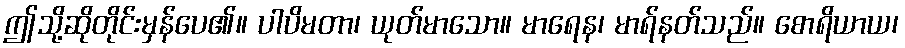
ဤသို့ဆိုတိုင်းမှန်ပေ၏။ ပါပိမတာ၊ ယုတ်မာသော။ မာရေန၊ မာရ်နတ်သည်။ စောရိယာယ၊